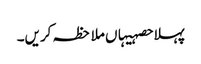
پہلا حصہیہاں ملاحظہ کریں۔